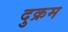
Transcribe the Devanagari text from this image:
दुक्रम